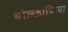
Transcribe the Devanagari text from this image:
थोल्काप्पिया